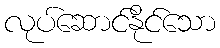
လုပ်ဆောင်နိုင်သော